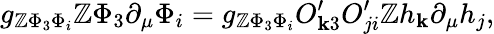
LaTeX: g_{\mathbb{Z}\Phi_{3}\Phi_{i}}\mathbb{Z}\Phi_{3}\partial_{\mu}\Phi_{i}=g_{\mathbb{Z}\Phi_{3}\Phi_{i}}O_{\mathbf{k}3}^{\prime}O_{ji}^{\prime}\mathbb{Z}h_{\mathbf{k}}\partial_{\mu}h_{j},